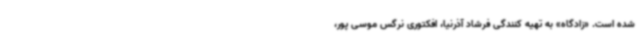
شده است. «زادگاه» به تهیه کنندگی فرشاد آذرنیا، افکتوری نرگس موسی پور،